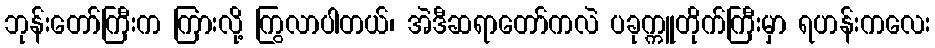
ဘုန်းတော်ကြီးက ကြားလို့ ကြွလာပါတယ်၊ အဲဒီဆရာတော်ကလဲ ပခုက္ကူတိုက်ကြီးမှာ ရဟန်းကလေး